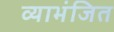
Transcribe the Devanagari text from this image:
व्याभंजित